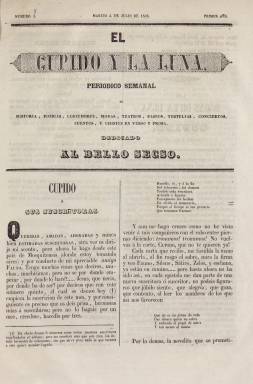
Título: El Cupido y La Luna
Colección: Revistas femeninas
Ámbito geográfico: Madrid
Lugar de publicación: Madrid
Fechas: 04/07/1848-04/07/1848

Continuación de El Cupido y periódico del mismo desconocido editor. La BNE sólo conserva el primer número, aunque previsiblemente fue el único en aparecer, ya que por entonces la prensa dirigida a las mujeres empezaba a despegar y varios títulos competían por este mercado.

    Igual que El Cupido, El Cupido y La Luna también estaba dedicado al bello secso, escrito así en lugar de sexo.  Aunque en la cabecera figura como número 1 el correspondiente al  4 de julio de 1848, el editor, identificado como Cupido, informa a sus suscriptoras en la portada de que se trata del número 5, asumiendo que se trata de la continuación del título anterior.

   Cupido se dirige a las suscriptoras diciendo que lo hace desde el país de Mosquitensia, donde está “tomando aires”, y por conducto de su amigo Fauno.  Con Mosquitensia  quizá aludiera a un lugar poblado de mosquitos, pero esto es una mera suposición y el topónimo se desconoce tanto como el nombre del editor.

   En este único número, de 16 páginas, se incluye un diálogo entre Cupido y La Luna y la boda de ambos con la anuencia del padre de la novia, el señor don Sol. Al final del relato hay un recuadro a modo de tarjeta en el que se puede leer: “Don Cupido Amor participa a usted su efectuado enlace con doña Luna Cielo. El cual espera merezca su aprobación (suscribiéndose)”.

    Como se ve, el editor buscaba por todos los medios conseguir el mayor número posible de lectores para su publicación, pero no debió de conseguirlo.

    Cabe destacar que en la publicación figura una composición poética de Amalia Fenollosa, poeta y autora de novelas románticas que formó parte de la llamada Hermandad Lírica, asociación de apoyo mutuo de escritoras de la época cuya mentora era Carolina Coronado.

[Descripción publicada el 15/03/2019]